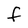
Character: f